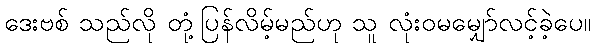
ဒေးဗစ် သည်လို တုံ့ပြန်လိမ့်မည်ဟု သူ လုံးဝမမျှော်လင့်ခဲ့ပေ။